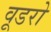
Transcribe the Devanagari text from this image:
वूडरो